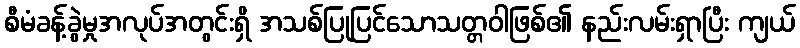
စီမံခန့်ခွဲမှုအလုပ်အတွင်းရှိ အသစ်ပြုပြင်သောသတ္တဝါဖြစ်၏ နည်းလမ်းရှာပြီး ကျယ်